Report of the Bombay Plague Committee
Disease focus: Plague
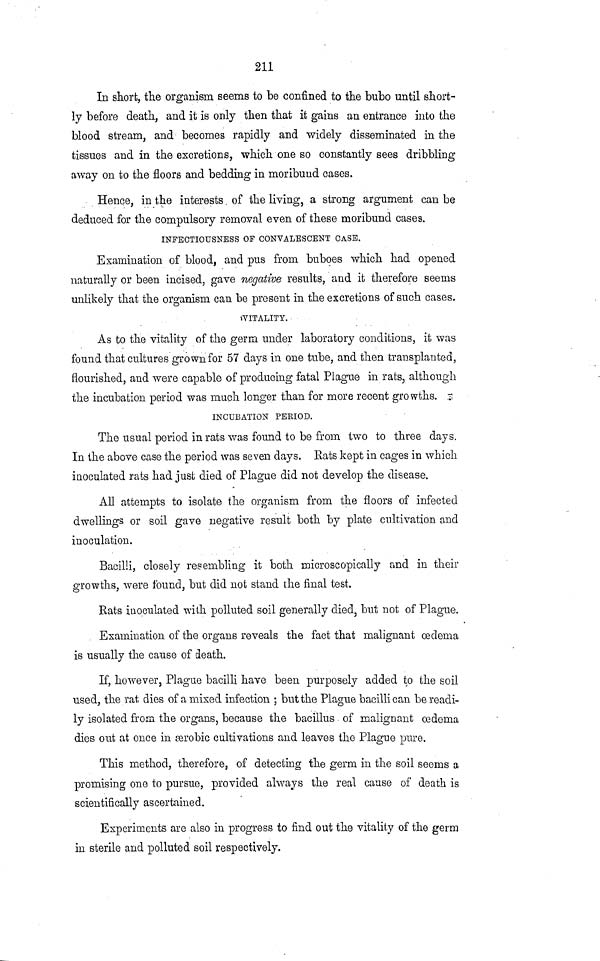
211
In short, the organism seems to be confined to the bubo until short-
ly before death, and it is only then that it gains an entrance into the
blood stream, and becomes rapidly and widely disseminated in the
tissues and in the excretions, which one so constantly sees dribbling
away on to the floors and bedding in moribund cases.
Hence, in the interests of the living, a strong argument can be
deduced for the compulsory removal even of these moribund cases.
INFECTIOUSNESS OF CONVALESCENT CASE.
Examination of blood, and pus from buboes which had opened
naturally or been incised, gave negative results, and it therefore seems
unlikely that the organism can be present in the excretions of such cases.
VITALITY.
As to the vitality of the germ under laboratory conditions, it was
found that cultures grown for 57 days in one tube, and then transplanted,
flourished, and were capable of producing fatal Plague in rats, although
the incubation period was much longer than for more recent growths.
INCUBATION PEEIOD.
The usual period in rats was found to be from two to three days.
In the above case the period was seven days. Rats kept in cages in which
inoculated rats had just died of Plague did not develop the disease.
All attempts to isolate the organism from the floors of infected
dwellings or soil gave negative result both by plate cultivation and
inoculation.
Bacilli, closely resembling it both microscopically and in their
growths, were found, but did not stand the final test.
Rats inoculated with polluted soil generally died, but not of Plague.
Examination of the organs reveals the fact that malignant oedema
is usually the cause of death.
If, however, Plague bacilli have been purposely added to the soil
used, the rat dies of a mixed infection ; but the Plague bacilli can be readi-
ly isolated from the organs, because the bacillus of malignant oedema
dies out at once in aerobic cultivations and leaves the Plague pure.
This method, therefore, of detecting the germ in the soil seems a
promising one to pursue, provided always the real cause of death is
scientifically ascertained.
Experiments are also in progress to find out the vitality of the germ
in sterile and polluted soil respectively.